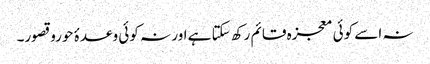
نہ اسے کوئی معجزہ قائم رکھ سکتا ہے اور نہ کوئی وعدۂ حوروقصور۔